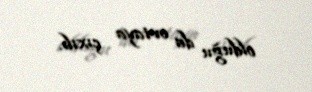
olduğu da ortaya çıxıb.